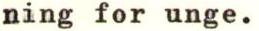
ning for unge.